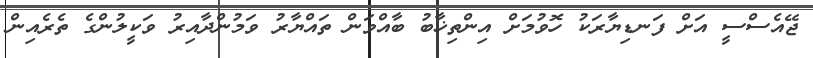
ޖޭއެސްސީ އަށް ފަނޑިޔާރަކު ހޮވުމަށް އިންތިޚާބު ބާއްވަން ތައްޔާރު ވަމުންދާއިރު ވަކީލުންގެ ތެރެއިން